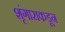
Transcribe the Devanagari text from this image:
शृंगाराकडून